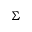
\Sigma